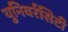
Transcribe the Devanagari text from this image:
युनिवर्रसिटी